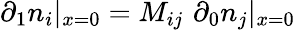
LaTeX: \partial_{1}n_{i}|_{x=0}=M_{ij}\, \, \partial_{0}n_{j}|_{x=0}